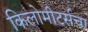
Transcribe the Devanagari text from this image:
किलोमीटर्सचा